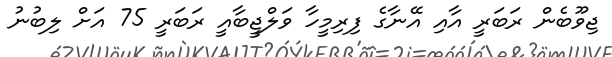
ޖިވޫބެން ރަބަރީ އާއި އޭނާގެ ފިރިމީހާ ވަލްޖީބާއީ ރަބަރީ 75 އަށް ލިބުނު